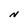
Character: N